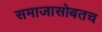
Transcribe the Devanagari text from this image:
समाजासोबतच